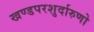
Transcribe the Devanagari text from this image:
खण्डपरशुर्दारुणो